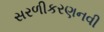
સરળીકરણનવી